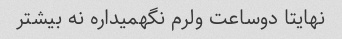
نهایتا دوساعت ولرم نگهمیداره نه بیشتر